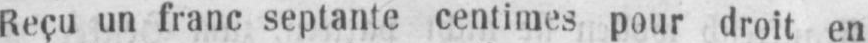
Reçu un franc septante centimes pour droit en